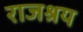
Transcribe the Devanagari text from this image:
राजश्रय